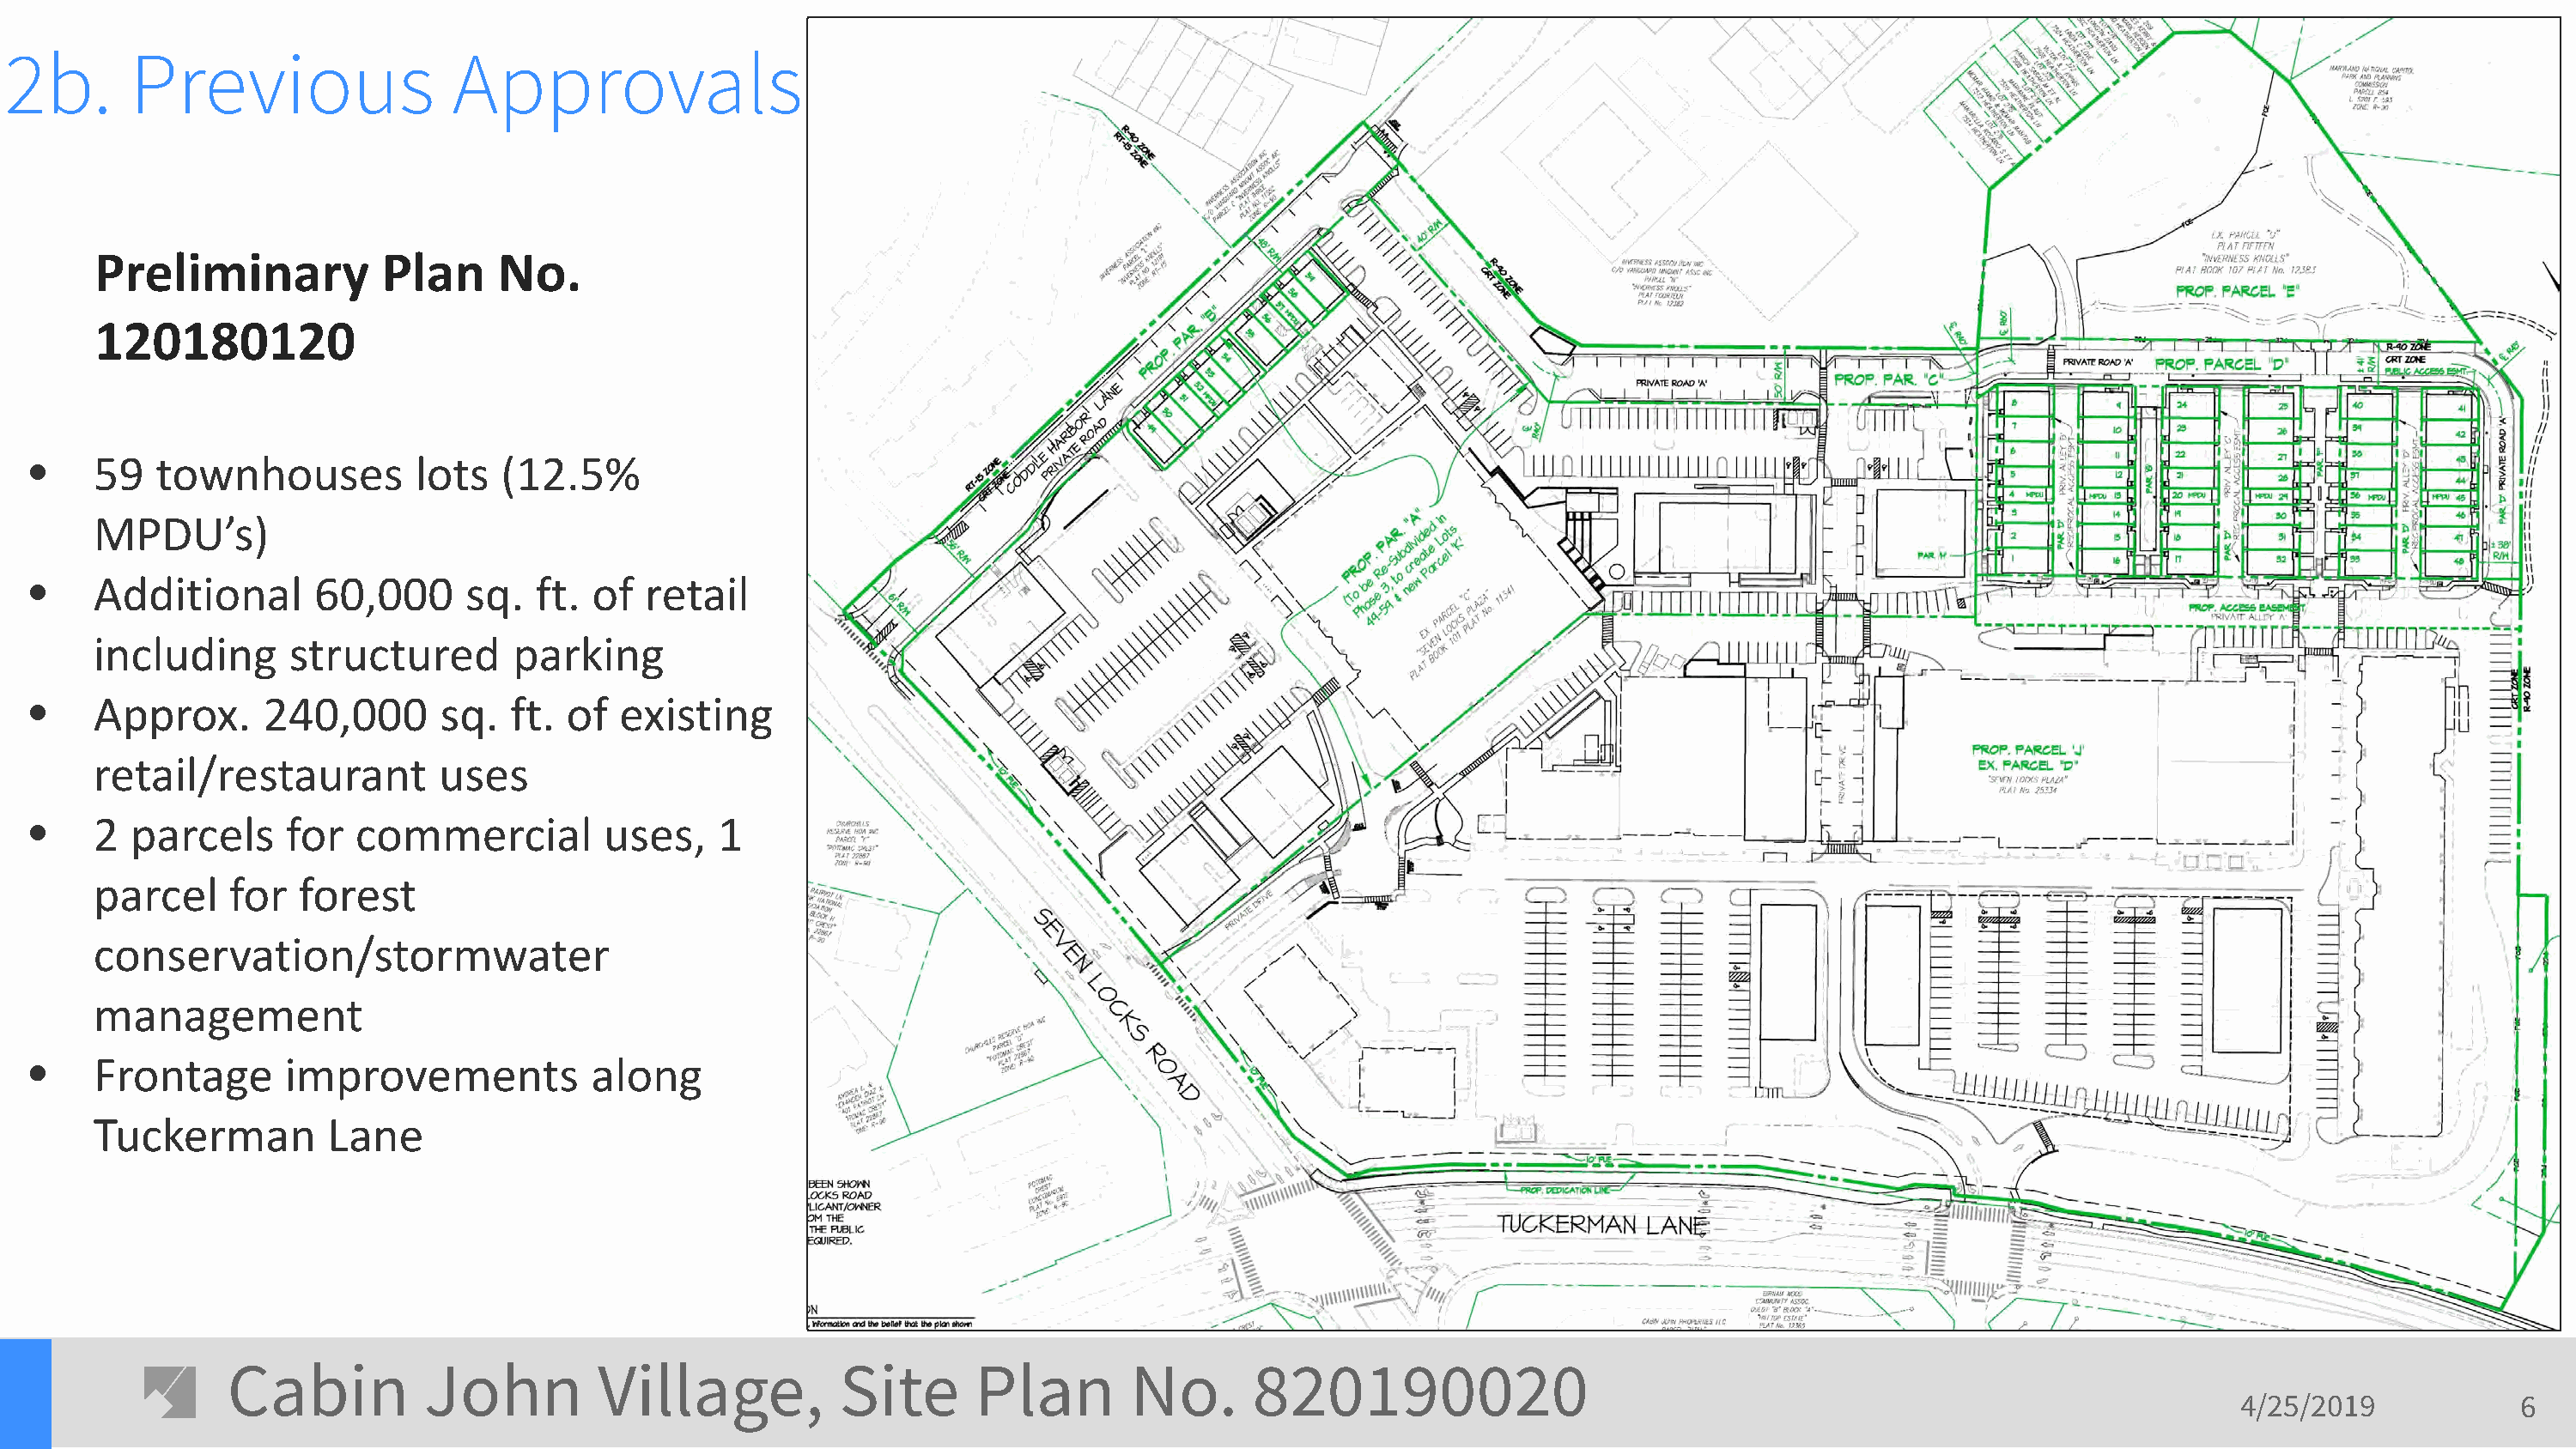
2b.       Previous                 Approvals
 Preliminary           Plan     No.
 120180120
 •    59   townhouses          lots   (12.5%
 MPDU’s)
 •    Additional       60,000      sq.  ft.  of  retail
 including      structured        parking
 •    Approx.      240,000       sq.  ft.  of  existing
 retail/restaurant          uses
 •    2  parcels     for  commercial          uses,   1
 parcel     for  forest
 conservation/stormwater
 management
 •    Frontage       improvements            along
 Tuckerman         Lane
 Cabin          John         Village,           Site      Plan        No.       820190020
 4/25/2019            6